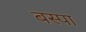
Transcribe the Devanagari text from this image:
बस्‍पा